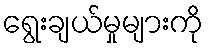
ရွေးချယ်မှုများကို